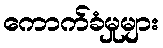
ကောက်ခံမှုများ